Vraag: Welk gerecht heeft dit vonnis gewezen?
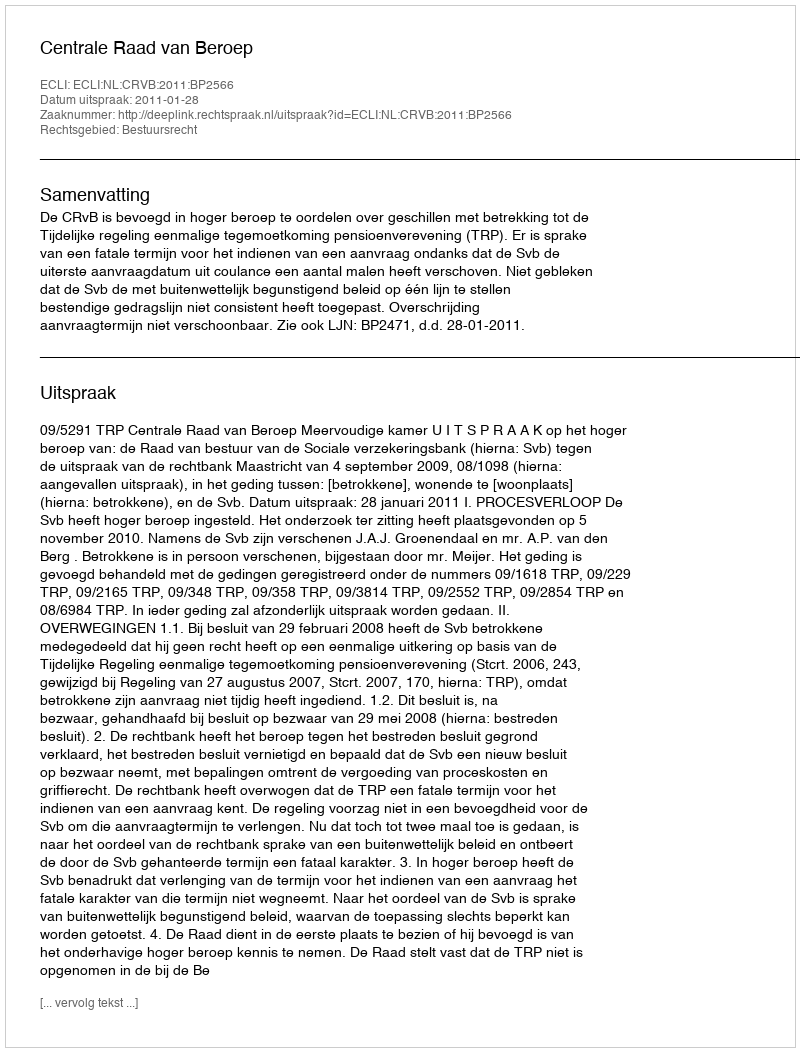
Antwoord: Centrale Raad van Beroep